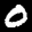
Label: 0